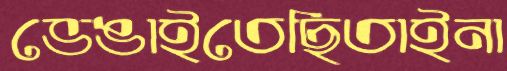
ভেঙাইতেছিতাইনা